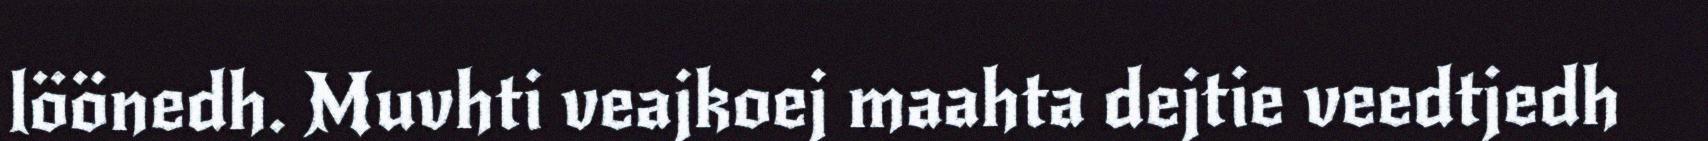
löönedh. Muvhti veajkoej maahta dejtie veedtjedh